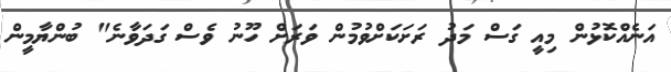
އަނެއްކޮޅުން މިއީ ގަސް މަދު ރަށަކަށްވުމުން ވަރަށް ހޫނު ވެސް ގަދަވާނެ" ބުންޔާމީން